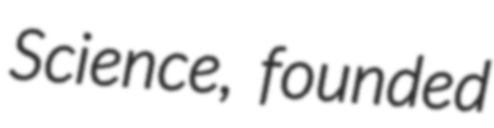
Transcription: Science, founded